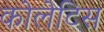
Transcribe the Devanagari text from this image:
कोलेटिस